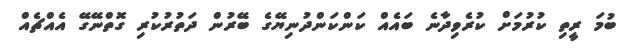
ބުމަ ރީތި ކުރުމަށް ކުރެވިދާނެ ބައެއް ކަންކަންދުނިޔޭގެ ބޭރުން ދަތުރުކުރި ގޮތްނޭގޭ އެއްޗެއް